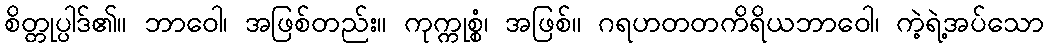
စိတ္တုပ္ပါဒ်၏။ ဘာဝေါ၊ အဖြစ်တည်း။ ကုက္ကုစ္စံ၊ အဖြစ်။ ဂရဟတတကိရိယဘာဝေါ၊ ကဲ့ရဲ့အပ်သော